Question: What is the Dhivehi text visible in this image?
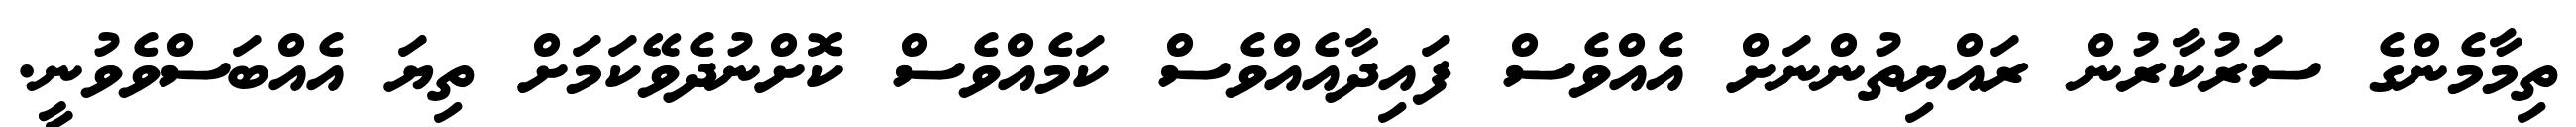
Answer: ތިމާމެންގެ ސަރުކާރުން ރައްޔިތުންނަށް އެއްވެސް ފައިދާއެއްވެސް ކަމެއްވެސް ކޮށްނުދެވޭކަމަށް ތިޔަ އެއްބަސްވެވުނީ.